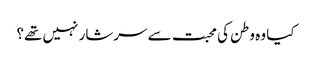
کیا وہ وطن کی محبت سے سرشار نہیں تھے؟